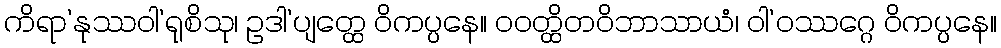
ကိရာ’နုဿဝါ’ရုစိသု၊ ဥဒါ’ပျတ္ထေ ဝိကပ္ပနေ။ ဝဝတ္ထိတဝိဘာသာယံ၊ ဝါ’ဝဿဂ္ဂေ ဝိကပ္ပနေ။